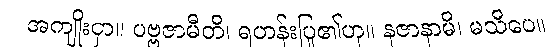
အကျိုးငှာ။ ပဗ္ဗဇာမီတိ၊ ရဟန်းပြု၏ဟု။ နဇာနာမိ၊ မသိပေ။